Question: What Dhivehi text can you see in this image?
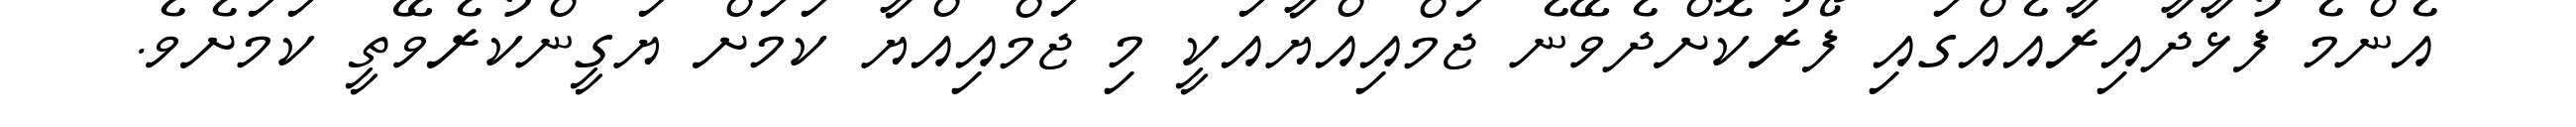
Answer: އެންމެ ފުޅާދާއިރާއެއްގައި ފޯރުކޮށްދެވޭނެ ޖަމްއިއްޔާއަކީ މި ޖަމްއިއްޔާ ކަމަށް ޔަގީންކުރެވޭތީ ކަމަށެވެ.